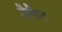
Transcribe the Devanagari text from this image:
जैकैट